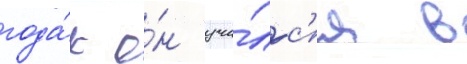
года́х о́н учи́лс'я в